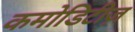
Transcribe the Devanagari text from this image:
कमोडिटीज़